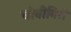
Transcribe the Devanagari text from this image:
धोबीगिरी